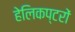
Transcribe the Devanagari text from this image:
हेलिकप्टरों